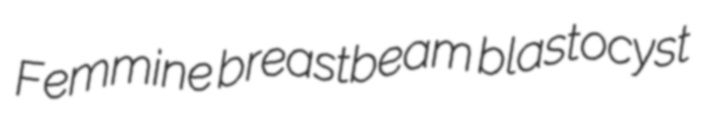
Femmine breastbeam blastocyst